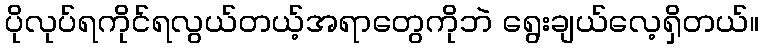
ပိုလုပ်ရကိုင်ရလွယ်တယ့်အရာတွေကိုဘဲ ရွေးချယ်လေ့ရှိတယ်။